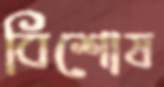
বিশোষ